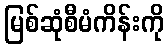
မြစ်ဆုံစီမံကိန်းကို